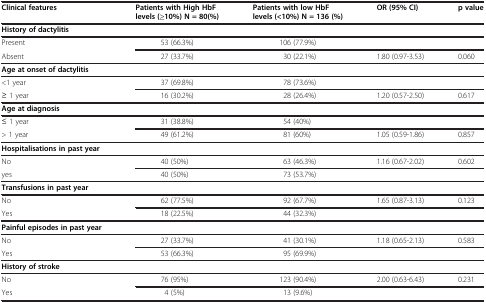
| Clinical features | Patients with High HbF levels (≥10%) N = 80(%) | Patients with low HbF levels (<10%) N = 136 (%) | OR (95% CI) | p value |
 | --- | --- | --- | --- | --- |
 | History of dactylitis |  |  |  |  |
 | Present | 53 (66.3%) | 106 (77.9%) |  |  |
 | Absent | 27 (33.7%) | 30 (22.1%) | 1.80 (0.97-3.53) | 0.060 |
 | Age at onset of dactylitis |  |  |  |  |
 | <1 year | 37 (69.8%) | 78 (73.6%) |  |  |
 | ≥ 1 year | 16 (30.2%) | 28 (26.4%) | 1.20 (0.57-2.50) | 0.617 |
 | Age at diagnosis |  |  |  |  |
 | ≤ 1 year | 31 (38.8%) | 54 (40%) |  |  |
 | > 1 year | 49 (61.2%) | 81 (60%) | 1.05 (0.59-1.86) | 0.857 |
 | Hospitalisations in past year |  |  |  |  |
 | No | 40 (50%) | 63 (46.3%) | 1.16 (0.67-2.02) | 0.602 |
 | yes | 40 (50%) | 73 (53.7%) |  |  |
 | Transfusions in past year |  |  |  |  |
 | No | 62 (77.5%) | 92 (67.7%) | 1.65 (0.87-3.13) | 0.123 |
 | Yes | 18 (22.5%) | 44 (32.3%) |  |  |
 | Painful episodes in past year |  |  |  |  |
 | No | 27 (33.7%) | 41 (30.1%) | 1.18 (0.65-2.13) | 0.583 |
 | Yes | 53 (66.3%) | 95 (69.9%) |  |  |
 | History of stroke |  |  |  |  |
 | No | 76 (95%) | 123 (90.4%) | 2.00 (0.63-6.43) | 0.231 |
 | Yes | 4 (5%) | 13 (9.6%) |  |  |